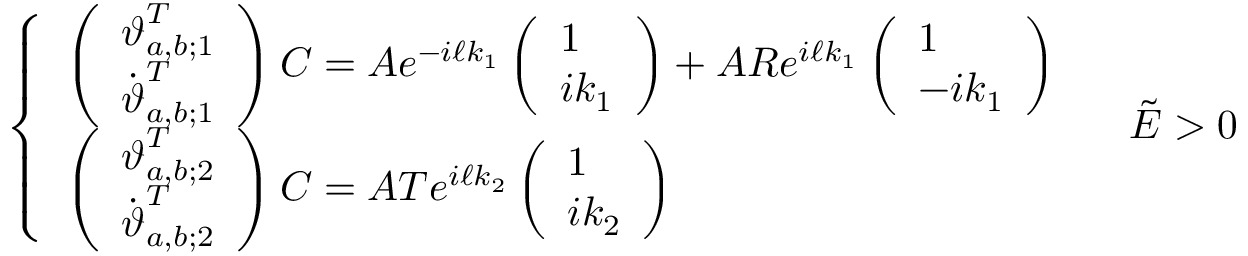
\left\{ \begin{array} { l l } { \left( \begin{array} { l } { \boldsymbol { \vartheta } _ { a , b ; 1 } ^ { T } } \\ { \dot { \boldsymbol { \vartheta } } _ { a , b ; 1 } ^ { T } } \end{array} \right) \boldsymbol { C } = A e ^ { - i \ell k _ { 1 } } \left( \begin{array} { l } { 1 } \\ { i k _ { 1 } } \end{array} \right) + A R e ^ { i \ell k _ { 1 } } \left( \begin{array} { l } { 1 } \\ { - i k _ { 1 } } \end{array} \right) } \\ { \left( \begin{array} { l } { \boldsymbol { \vartheta } _ { a , b ; 2 } ^ { T } } \\ { \dot { \boldsymbol { \vartheta } } _ { a , b ; 2 } ^ { T } } \end{array} \right) \boldsymbol { C } = A T e ^ { i \ell k _ { 2 } } \left( \begin{array} { l } { 1 } \\ { i k _ { 2 } } \end{array} \right) } \end{array} \right. \quad \tilde { E } > 0